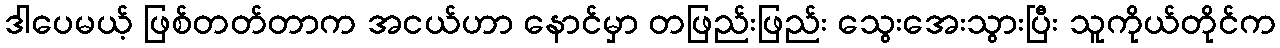
ဒါပေမယ့် ဖြစ်တတ်တာက အငယ်ဟာ နောင်မှာ တဖြည်းဖြည်း သွေးအေးသွားပြီး သူကိုယ်တိုင်က